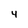
Character: 4